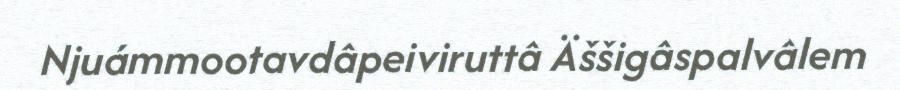
Njuámmootavdâpeiviruttâ Äššigâspalvâlem